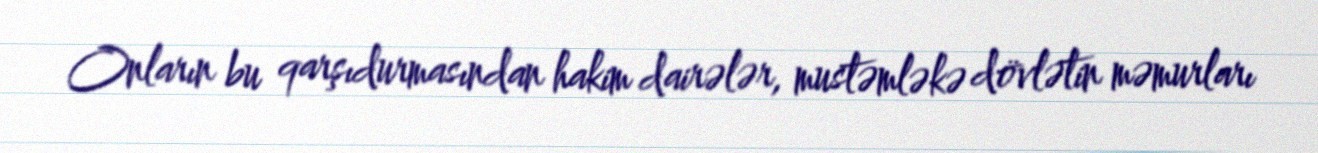
Onların bu qarşıdurmasından hakim dairələr, mustəmləkə dövlətin məmurları